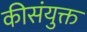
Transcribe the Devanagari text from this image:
कीसंयुक्त